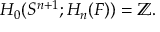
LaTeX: H _ { 0 } ( S ^ { n + 1 } ; H _ { n } ( F ) ) = \mathbb { Z } .